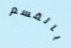
بالقسم